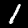
Label: 1